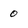
Character: 0